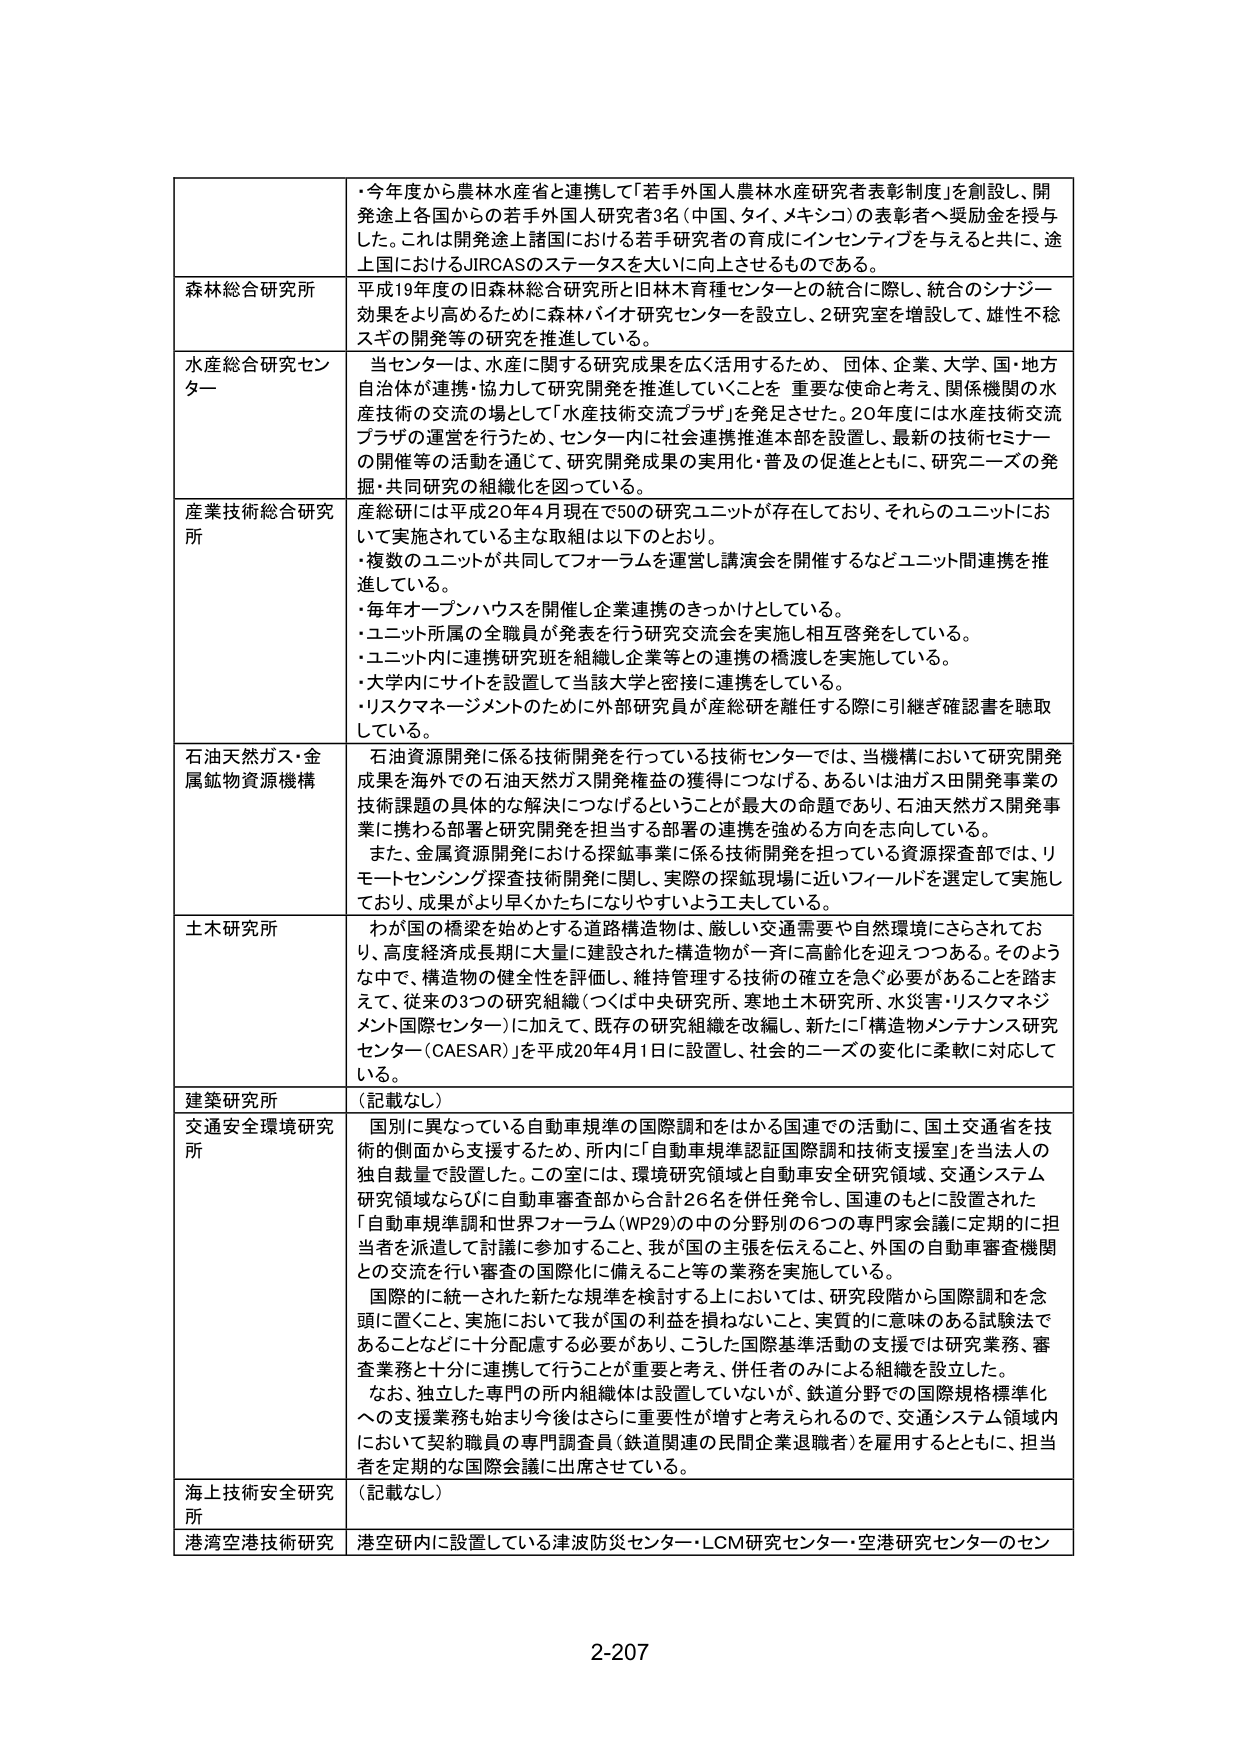
・今年度から農林水産省と連携して「若手外国人農林水産研究者表彰制度」を創設し、開発途上各国からの若手外国人研究者3名（中国、タイ、メキシコ）の表彰者・奨励金を授与した。これは開発途上諸国における若手研究者の育成にインセンティブを与えると共に、途上国におけるJIRCASのステータスを大いに向上させるものである。

森林総合研究所
平成19年度の旧森林総合研究所と旧林木育種センターとの統合に際し、統合のシナジー効果をより高めるために森林バイオ研究センターを設立し、2研究室を増設して、雄性不稔スギの開発等の研究を推進している。

水産総合研究センター
当センターは、水産に関する研究成果を広く活用するため、団体、企業、大学、国・地方自治体が連携・協力して研究開発を推進していくことを重要な使命と考え、関係機関の水産技術の交流の場として「水産技術交流プラザ」を発足させた。20年度には水産技術交流プラザの運営を行うため、センター内に社会連携推進本部を設置し、最新の技術セミナーの開催等の活動を通じて、研究開発成果の実用化・普及の促進とともに、研究ニーズの発掘・共同研究の組織化を図っている。

産業技術総合研究所
産総研には平成20年4月現在で50の研究ユニットが存在しており、それらのユニットにおいて実施されている主な取組は以下のとおり。
・複数のユニットが共同してフォーラムを運営し講演会を開催するなどユニット間連携を推進している。
・毎年オープンハウスを開催し企業連携のきっかけとしている。
・ユニット所属の全職員が発表を行う研究交流会を実施し相互啓発をしている。
・ユニット内に連携研究班を組織し企業等との連携の橋渡しを実施している。
・大学内にサイトを設置して当該大学と密接に連携をしている。
・リスクマネージメントのために外部研究員が産総研を離任する際に引継ぎ確認書を聴取している。

石油天然ガス・金属鉱物資源機構
石油資源開発に係る技術開発を行っている技術センターでは、当機構において研究開発成果を海外での石油天然ガス開発権益の獲得につなげる、あるいは油ガス田開発事業の技術課題の具体的な解決につなげるということが最大の命題であり、石油天然ガス開発事業に携わる部署と研究開発を担当する部署の連携を強める方向を志向している。
また、金属資源開発における探鉱事業に係る技術開発を担っている資源探査部では、リモートセンシング探査技術開発に関し、実際の探鉱現場に近いフィールドを選定して実施しており、成果がより早くかたちになりやすいよう工夫している。

土木研究所
わが国の橋梁を始めとする道路構造物は、厳しい交通需要や自然環境にさらされており、高度経済成長期に大量に建設された構造物が一斉に高齢化を迎えつつある。そのような中で、構造物の健全性を評価し、維持管理する技術の確立を急ぐ必要があることを踏まえて、従来の3つの研究組織（つくば中央研究所、寒地土木研究所、水災害・リスクマネジメント国際センター）に加えて、既存の研究組織を改編し、新たに「構造物メンテナンス研究センター（CAESAR）」を平成20年4月1日に設置し、社会的ニーズの変化に柔軟に対応している。

建築研究所
（記載なし）

交通安全環境研究所
国別に異なっている自動車規準の国際調和をはかる国連での活動に、国土交通省を技術的側面から支援するため、所内に「自動車規準認証国際調和技術支援室」を当法人の独自裁量で設置した。この室内は、環境研究領域と自動車安全研究領域、交通システム研究領域ならびに自動車審査部から合計26名を併任発令し、国連のもとに設置された「自動車規準調和世界フォーラム（WP29）」の中の分野別の6つの専門家会議に定期的に担当者を派遣して討議に参加すること、我が国の主張を伝えること、外国の自動車審査機関との交流を行い審査の国際化に備えること等の業務を実施している。
国際的に統一された新たな規準を検討する上においては、研究段階から国際調和を念頭に置くこと、実施において我が国の利益を損ねないこと、実質的に意味のある試験法であることなどに十分配慮する必要があり、こうした国際基準活動の支援では研究業務、審査業務と十分に連携して行うことが重要と考え、併任者のみによる組織を設立した。
なお、独立した専門の所内組織体は設置していないが、鉄道分野での国際規格標準化への支援業務を始まり今後はさらに重要性が増すと考えられるので、交通システム領域内において契約職員の専門調査員（鉄道関連の民間企業退職者）を雇用するとともに、担当者を定期的な国際会議に出席させている。

海上技術安全研究所
（記載なし）

港湾空港技術研究
港空研内に設置している津波防災センター・LCM研究センター・空港研究センターのセン

2-207